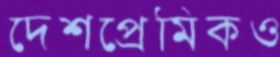
দেশপ্রেমিকও